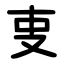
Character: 叓